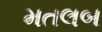
મતલબ